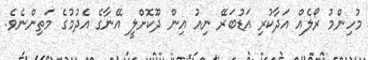
މުހިންމު ރޯލެއް އަދާކުރި އަޑުބަރޭ ނިއު އިން ދޫކޮށްލީ އޭނާގެ އެދުމުގެ މަތިންނެވެ.